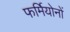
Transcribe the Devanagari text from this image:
फर्मियोनों